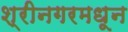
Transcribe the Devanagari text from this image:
श्रीनगरमधून